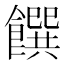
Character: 饌